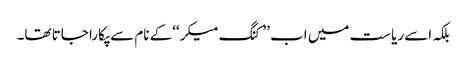
بلکہ اسے ریاست میں اب ’’کنگ میکر‘‘کے نام سے پکارا جاتا تھا۔